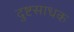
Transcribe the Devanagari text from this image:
दुष्टसाधक